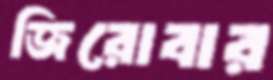
জিরোবার